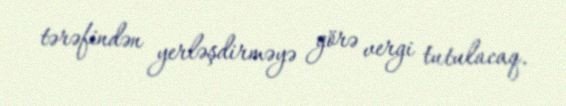
tərəfindən yerləşdirməyə görə vergi tutulacaq.